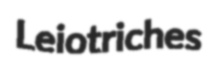
Leiotriches